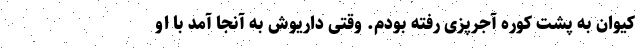
کیوان به پشت کوره آجرپزی رفته بودم. وقتی داریوش به آنجا آمد با او